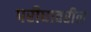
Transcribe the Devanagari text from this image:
परीघावरील